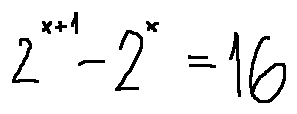
2 ^ { x + 1 } - 2 ^ { x } = 1 6